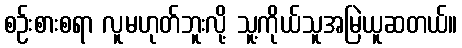
စဉ်းစားစရာ လူမဟုတ်ဘူးလို့ သူ့ကိုယ်သူအမြဲယူဆတယ်။